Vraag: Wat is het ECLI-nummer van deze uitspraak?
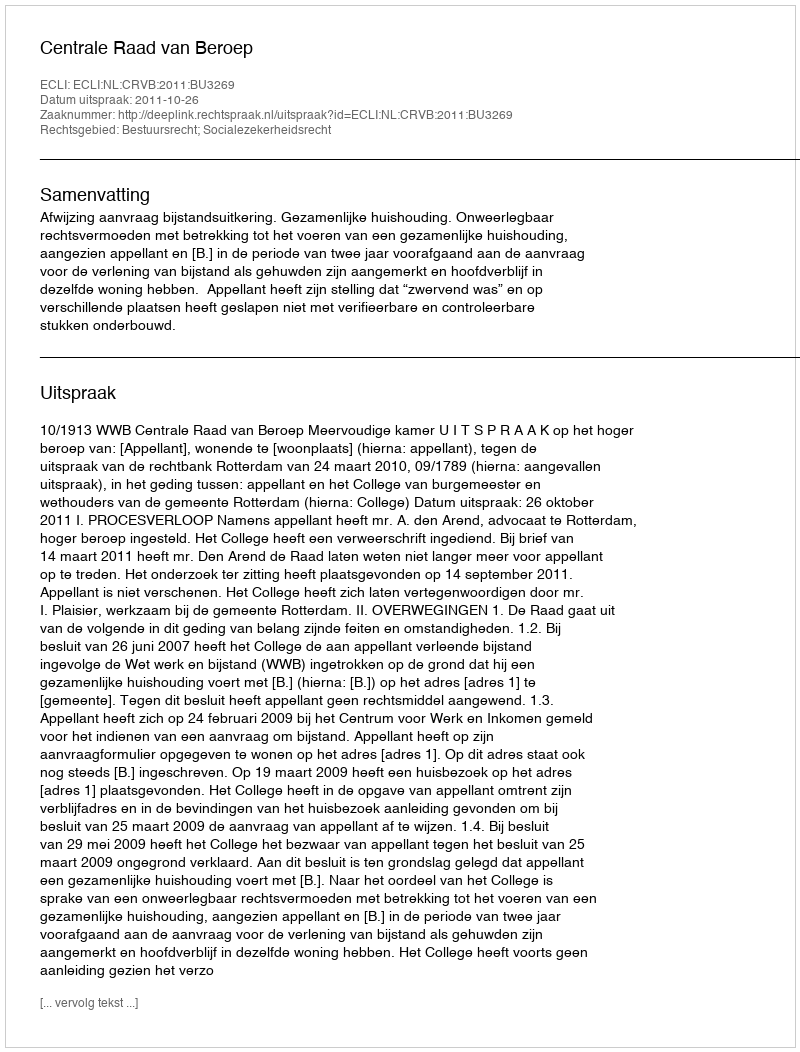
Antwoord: ECLI:NL:CRVB:2011:BU3269